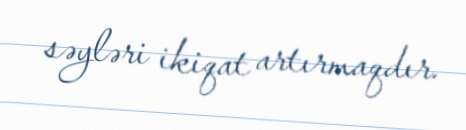
səyləri ikiqat artırmaqdır.